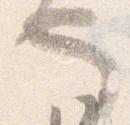
也